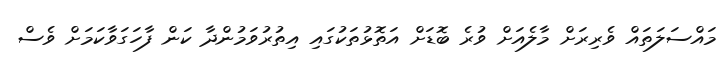
މައްސަލަތައް ވެރިރަށް މާލެއަށް ވުރެ ބޮޑަށް އަތޮޅުތަކުގައި އިތުރުވަމުންދާ ކަން ފާހަގަވާކަމަށް ވެސް